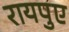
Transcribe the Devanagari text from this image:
रायपुए